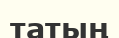
татың